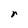
Character: r